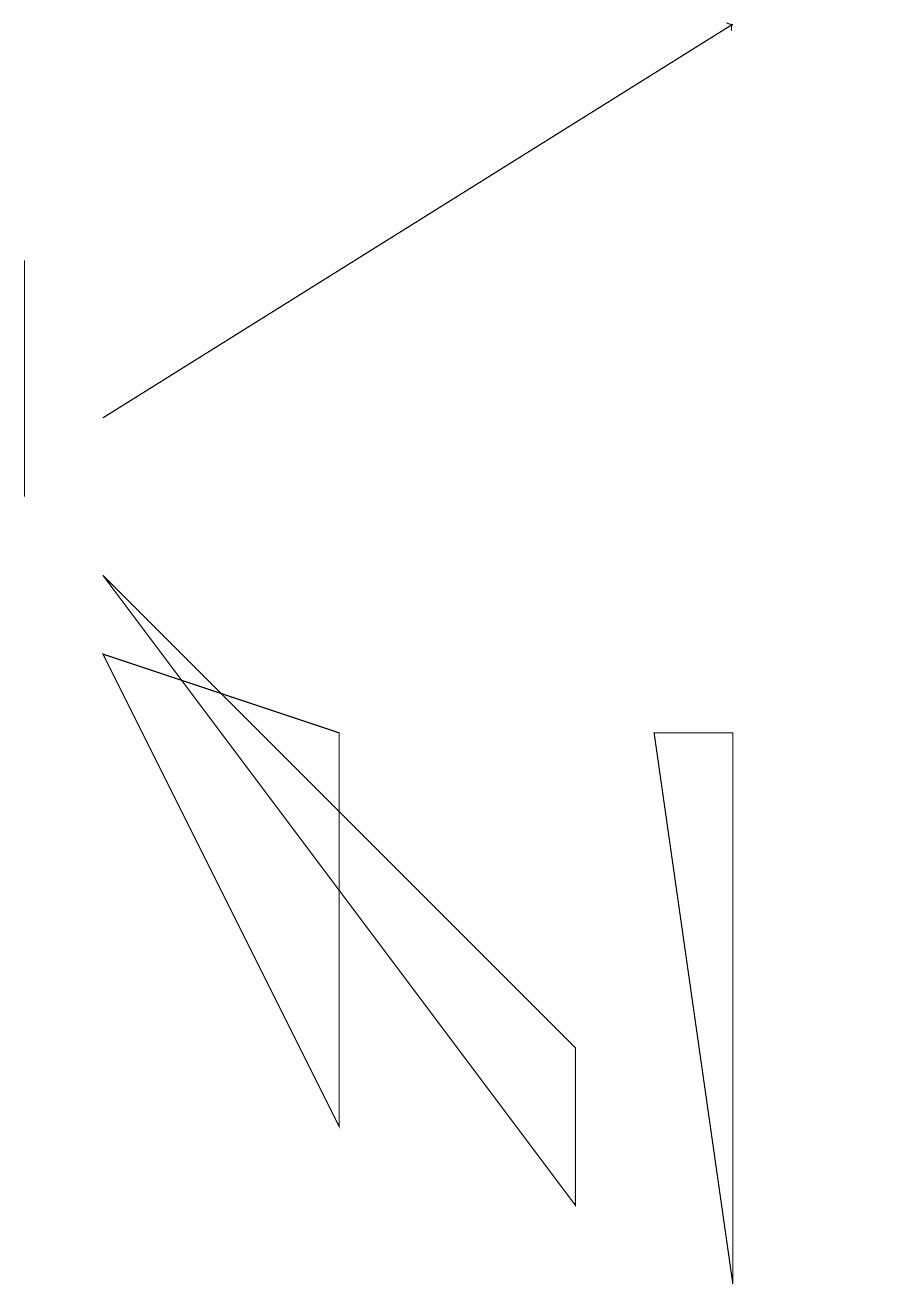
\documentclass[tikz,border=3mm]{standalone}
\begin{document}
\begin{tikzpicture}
\draw (0,10) rectangle (0,13);
\draw[->] (1,11) -- (9,16);
\draw (1,8) -- (4,7) -- (4,2) -- cycle;
\draw (7,1) -- (7,3) -- (1,9) -- cycle;
\draw (8,7) -- (9,7) -- (9,0) -- cycle;
\draw (11,10) circle (0);
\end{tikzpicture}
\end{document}